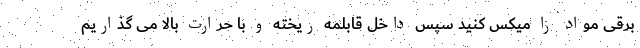
برقی مواد را میکس کنید سپس داخل قابلمه ریخته و با حرارت بالا می گذاریم